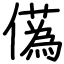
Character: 儰